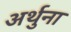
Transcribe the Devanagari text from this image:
अर्थुना